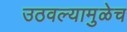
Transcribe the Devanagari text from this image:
उठवल्यामुळेच